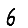
Digit: 6